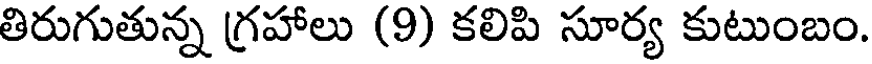
తిరుగుతున్న గ్రహాలు (9) కలిపి సూర్య కుటుంబం.